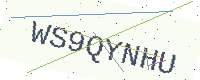
Text: WS9QYNHU